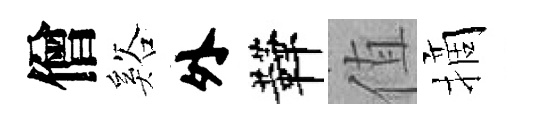
僧谿外鞾值摘